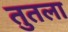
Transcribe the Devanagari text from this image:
तुतला